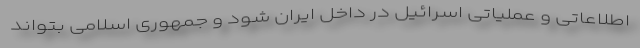
اطلاعاتی و عملیاتی اسرائیل در داخل ایران شود و جمهوری اسلامی بتواند